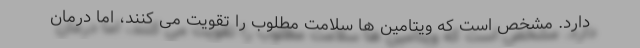
دارد. مشخص است که ویتامین ها سلامت مطلوب را تقویت می کنند، اما درمان